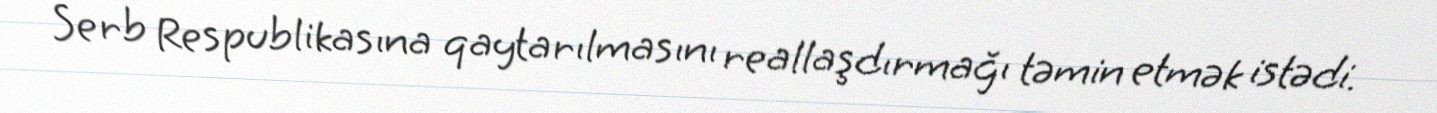
Serb Respublikasına qaytarılmasını reallaşdırmağı təmin etmək istədi.